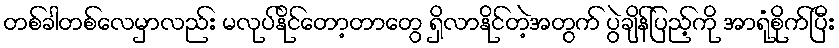
တစ်ခါတစ်လေမှာလည်း မလုပ်နိုင်တော့တာတွေ ရှိလာနိုင်တဲ့အတွက် ပွဲချိန်ပြည့်ကို အာရုံစိုက်ပြီး